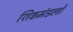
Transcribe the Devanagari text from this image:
शिष्टमंडलों